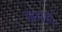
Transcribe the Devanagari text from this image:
प्रमद